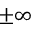
\pm \infty